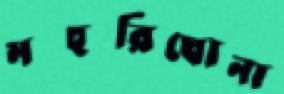
মহুরিঘোনা